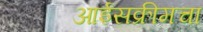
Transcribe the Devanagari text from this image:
आईसक्रीमचा